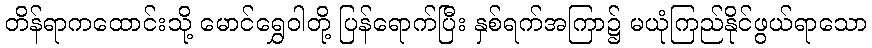
တိန်ရာကထောင်းသို့ မောင်ရွှေဝါတို့ ပြန်ရောက်ပြီး နှစ်ရက်အကြာ၌ မယုံကြည်နိုင်ဖွယ်ရာသော